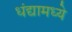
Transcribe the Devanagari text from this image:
धंद्यामध्ये